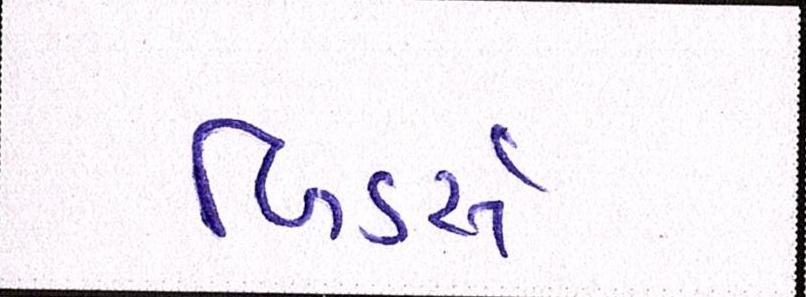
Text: બિડર્સ